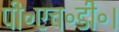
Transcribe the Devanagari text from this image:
पी॰एच॰डी॰।